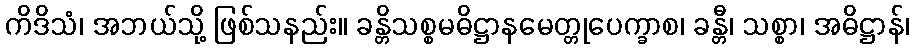
ကိဒိသံ၊ အဘယ်သို့ ဖြစ်သနည်း။ ခန္တိသစ္စမဓိဋ္ဌာနမေတ္တုပေက္ခာစ၊ ခန္တီ၊ သစ္စာ၊ အဓိဋ္ဌာန်၊